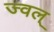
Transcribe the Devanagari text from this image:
ज्वल्